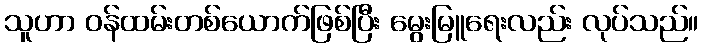
သူဟာ ဝန်ထမ်းတစ်ယောက်ဖြစ်ပြီး မွေးမြူရေးလည်း လုပ်သည်။